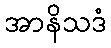
အာနိသဒံ